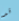
قد